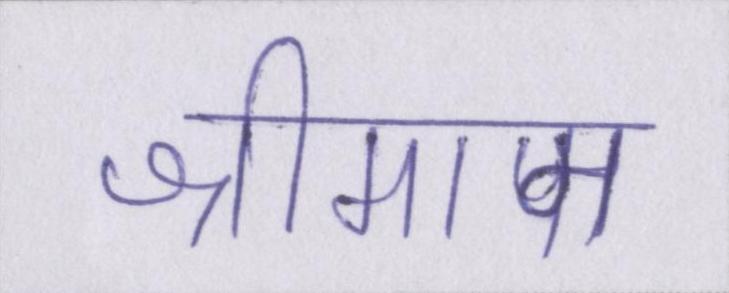
श्रीमान